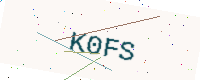
Text: K0FS